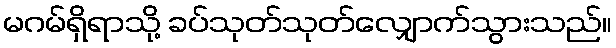
မဂမ်ရှိရာသို့ ခပ်သုတ်သုတ်လျှောက်သွားသည်။